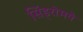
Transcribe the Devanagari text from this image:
सिंड्रोमये